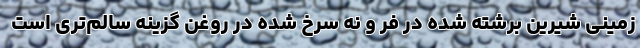
زمینی شیرین برشته شده در فر و نه سرخ شده در روغن گزینه سالم‌تری است